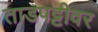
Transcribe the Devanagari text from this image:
ताडपट्टीवर